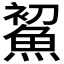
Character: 𩷞